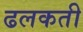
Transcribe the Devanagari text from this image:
ढलकती